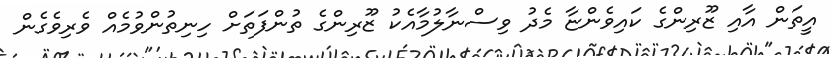
އީތަން އާއި ޒޫރިންގެ ކައިވެންޏާ މެދު ވިސްނާލުމާއެކު ޒޫރިންގެ ތުންފަތަށް ހިނިތުންވުމެއް ވެރިވެގެން